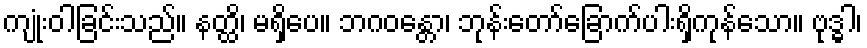
ကျုံးဝါခြင်းသည်။ နတ္ထိ၊ မရှိပေ။ ဘဂဝန္တော၊ ဘုန်းတော်ခြောက်ပါးရှိကုန်သော။ ဗုဒ္ဓါ၊